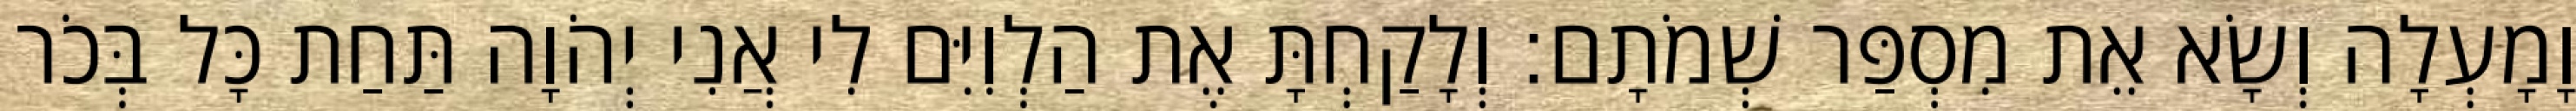
וָמָעְלָה וְשָׂא אֵת מִסְפַּר שְׁמֹתָם׃ וְלָקַחְתָּ אֶת הַלְוִיִּם לִי אֲנִי יְהֹוָה תַּחַת כָּל בְּכֹר